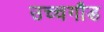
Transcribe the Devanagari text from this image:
उच्चगौड